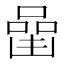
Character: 𠼧